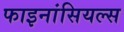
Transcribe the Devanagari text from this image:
फाइनांसियल्स